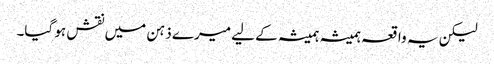
لیکن یہ واقعہ ہمیشہ ہمیشہ کے لیے میرے ذہن میں نقش ہو گیا۔